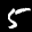
Label: 5